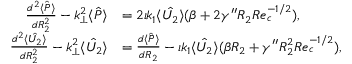
\begin{array} { r l } { \frac { d ^ { 2 } \hat { \langle P \rangle } } { d R _ { 2 } ^ { 2 } } - k _ { \perp } ^ { 2 } \hat { \langle P \rangle } } & { = 2 \iota k _ { 1 } \hat { \langle U _ { 2 } \rangle } ( \beta + 2 \gamma ^ { \prime \prime } R _ { 2 } R e _ { c } ^ { - 1 / 2 } ) , } \\ { \frac { d ^ { 2 } \hat { \langle U _ { 2 } \rangle } } { d R _ { 2 } ^ { 2 } } - k _ { \perp } ^ { 2 } \hat { \langle U _ { 2 } \rangle } } & { = \frac { d \hat { \langle P \rangle } } { d R _ { 2 } } - \iota k _ { 1 } \hat { \langle U _ { 2 } \rangle } ( \beta R _ { 2 } + \gamma ^ { \prime \prime } R _ { 2 } ^ { 2 } R e _ { c } ^ { - 1 / 2 } ) , } \end{array}